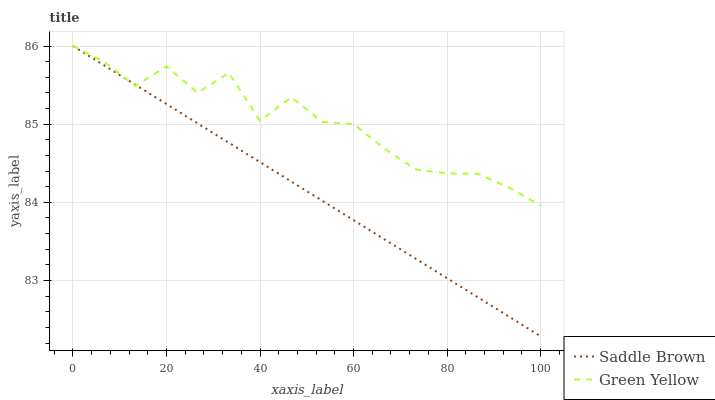
| xaxis_label | Saddle Brown | Green Yellow |
 | --- | --- | --- |
 | 0 | 86 | 86 |
 | 6.67 | 85.8 | 85.8 |
 | 13.3 | 85.5 | 85.5 |
 | 20 | 85.3 | 85.7 |
 | 26.7 | 85 | 85.4 |
 | 33.3 | 84.8 | 85.7 |
 | 40 | 84.5 | 85 |
 | 46.7 | 84.3 | 85.3 |
 | 53.3 | 84 | 85 |
 | 60 | 83.8 | 85 |
 | 66.7 | 83.5 | 84.7 |
 | 73.3 | 83.3 | 84.4 |
 | 80 | 83 | 84.4 |
 | 86.7 | 82.8 | 84.4 |
 | 93.3 | 82.5 | 84.2 |
 | 100 | 82.3 | 84 |